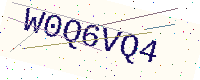
Text: W0Q6VQ4